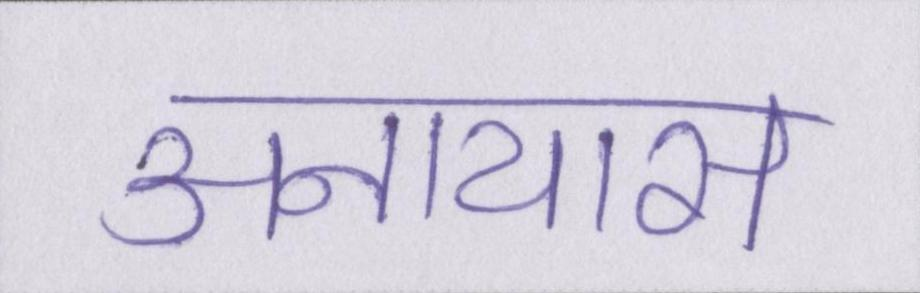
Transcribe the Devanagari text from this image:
अनायास